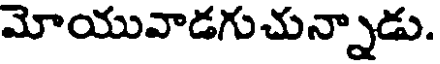
మోయువాడగుచున్నాడు.